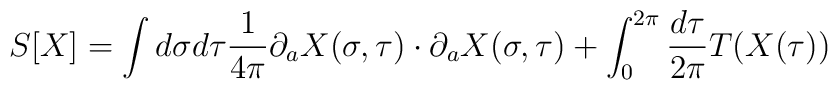
S[X]=\int d\sigma d\tau \frac{1}{4\pi}\partial_a X(\sigma,\tau)\cdot \partial_a X(\sigma,\tau)+\int_0^{2\pi}\frac{d\tau}{2\pi} T(X(\tau))